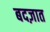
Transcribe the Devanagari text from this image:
बदज़ात